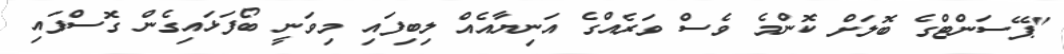
"ޕޭސަންޓްގެ ބޮލަށް ކޮންމެ ވެސް ވަރެއްގެ އަނިޔާއެއް ލިބިފައި މިވަނީ ބޯފަޅައިގެން ގޮސްފައި